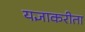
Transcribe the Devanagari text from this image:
यज्ञाकरीता